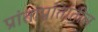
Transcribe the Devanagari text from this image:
प्रांताप्रांतांतील